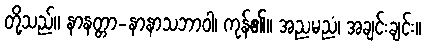
တို့သည်။ နာနတ္တာ-နာနာသဘာဝါ၊ ကုန်၏။ အညမညံ၊ အချင်းချင်း။